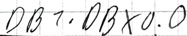
Text: DB1.DBX0.0